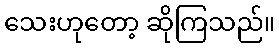
သေးဟုတော့ ဆိုကြသည်။